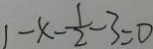
1 - x - \frac { 1 } { 2 } - 3 = 0